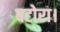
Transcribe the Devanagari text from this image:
बटोरा।